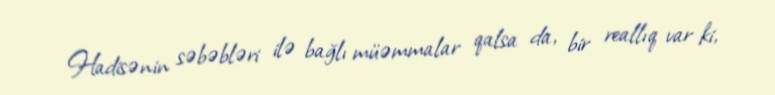
Hadisənin səbəbləri ilə bağlı müəmmalar qalsa da, bir reallıq var ki,